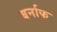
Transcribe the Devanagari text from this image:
बर्नाफ